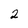
Character: 2